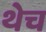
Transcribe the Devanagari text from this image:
थेच